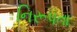
નિરૂપતા